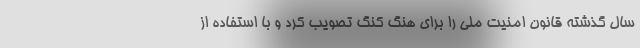
سال گذشته قانون امنیت ملی را برای هنگ کنگ تصویب کرد و با استفاده از